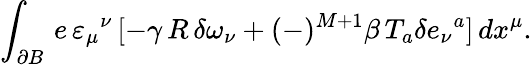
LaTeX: \int_{\partial B}\, e\, \varepsilon_{\mu}{}^{\nu}\, [-\gamma\, R\, \delta\omega_{\nu}+(-)^{M+1}\beta\, T_{a}\delta e_{\nu}{}^{a}]\, dx^{\mu}.